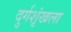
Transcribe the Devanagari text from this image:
दुर्गशृंखला